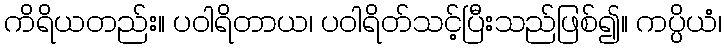
ကိရိယတည်း။ ပဝါရိတာယ၊ ပဝါရိတ်သင့်ပြီးသည်ဖြစ်၍။ ကပ္ပိယံ၊